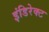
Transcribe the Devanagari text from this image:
इंडिरेक्ट